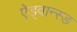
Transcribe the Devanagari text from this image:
ऐड्वान्स्ड